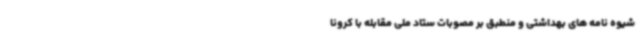
شیوه نامه های بهداشتی و منطبق بر مصوبات ستاد ملی مقابله با کرونا